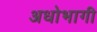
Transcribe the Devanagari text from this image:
अधोभागी